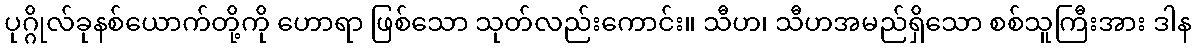
ပုဂ္ဂိုလ်ခုနစ်ယောက်တို့ကို ဟောရာ ဖြစ်သော သုတ်လည်းကောင်း။ သီဟ၊ သီဟအမည်ရှိသော စစ်သူကြီးအား ဒါန